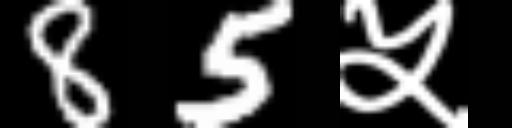
Text: 85५